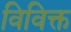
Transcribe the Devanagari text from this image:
विविक्त